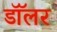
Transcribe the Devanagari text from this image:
डॉॅलर